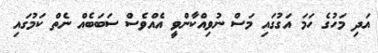
އަދި މަހުގެ ހަމަ އަގުގައި މަސް ނުވިއްކާންވީ އެއްވެސް ސަބަބެއް ނެތް ކަމުގައި